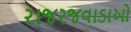
રાજરજવાડાઓ